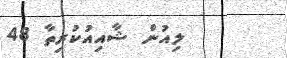
ލިއުން ޝާއިއުކުރިތާ 48